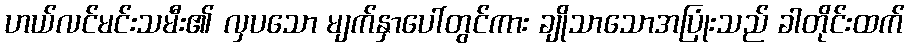
ဟယ်လင်မင်းသမီး၏ လှပသော မျက်နှာပေါ်တွင်ကား ချိုသာသောအပြုံးသည် ခါတိုင်းထက်